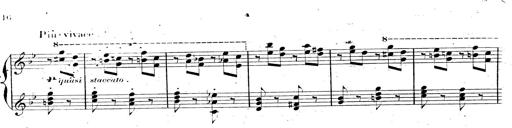
Title: AnnÃ©es de pÃ¨lerinage II, SupplÃ©ment
Composer: Franz Liszt